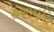
હરભાઇ